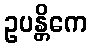
ဥပန္တိကေ